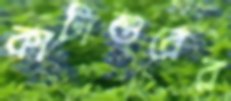
কাটাশুরের